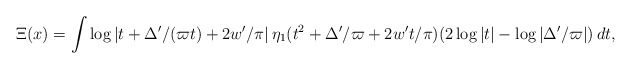
\begin{align*} \Xi(x) = \int \log|t+\Delta'/(\varpi t)+2w'/\pi| \, \eta_1(t^2+\Delta'/\varpi+2w't/\pi) (2\log|t|-\log|\Delta'/\varpi|)\,dt,\end{align*}